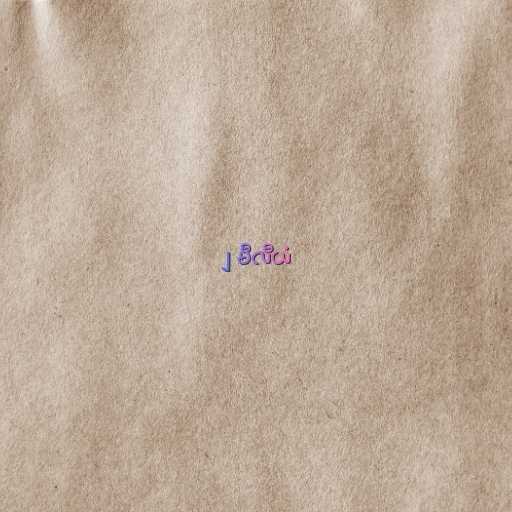
၂ မီလီယံ